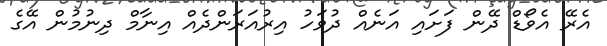
އެރޭ އެވޯޑް ދޭން ފަށައި އަނެއް ދުވަހު އިރުއަރަންދެއް އިނާމް ދިނުމުން އޭގެ